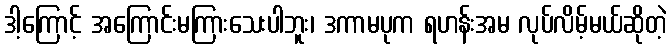
ဒါ့ကြောင့် အကြောင်းမကြားသေးပါဘူး၊ ဒကာမပုက ရဟန်းအမ လုပ်လိမ့်မယ်ဆိုတဲ့